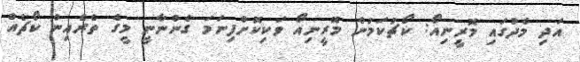
އަދި މެދުގައި މޮރީނިއޯ: ކޯޗުކަމުން މޮރީނިއޯ ވަކިކޮށްފިނަމަ ގެންނާނީ މީގެ ތެރެއިން ކޯޗެއް